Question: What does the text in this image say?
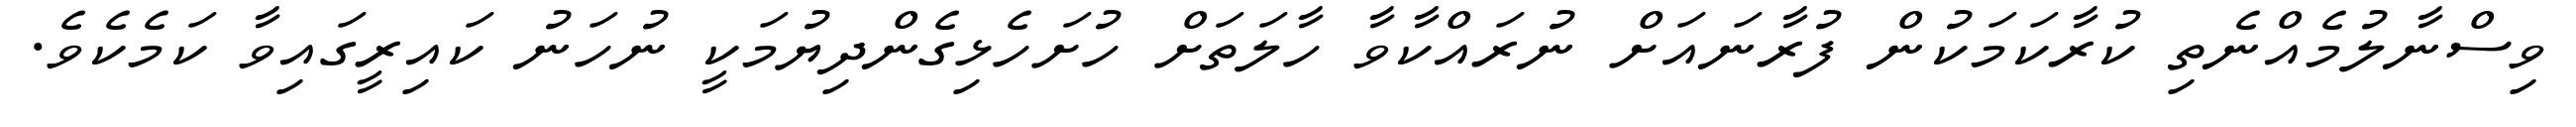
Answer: ވިސްނާލުމެއްނެތި ކުރާކަމަކުން ފުރާނައަށް ނުރައްކާވާ ހާލަތަށް ހުށަހެޅިގެންދިޔުމަކީ ނުހަނު ކައިރީގައިވާ ކަމެކެވެ.